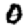
Digit: 0